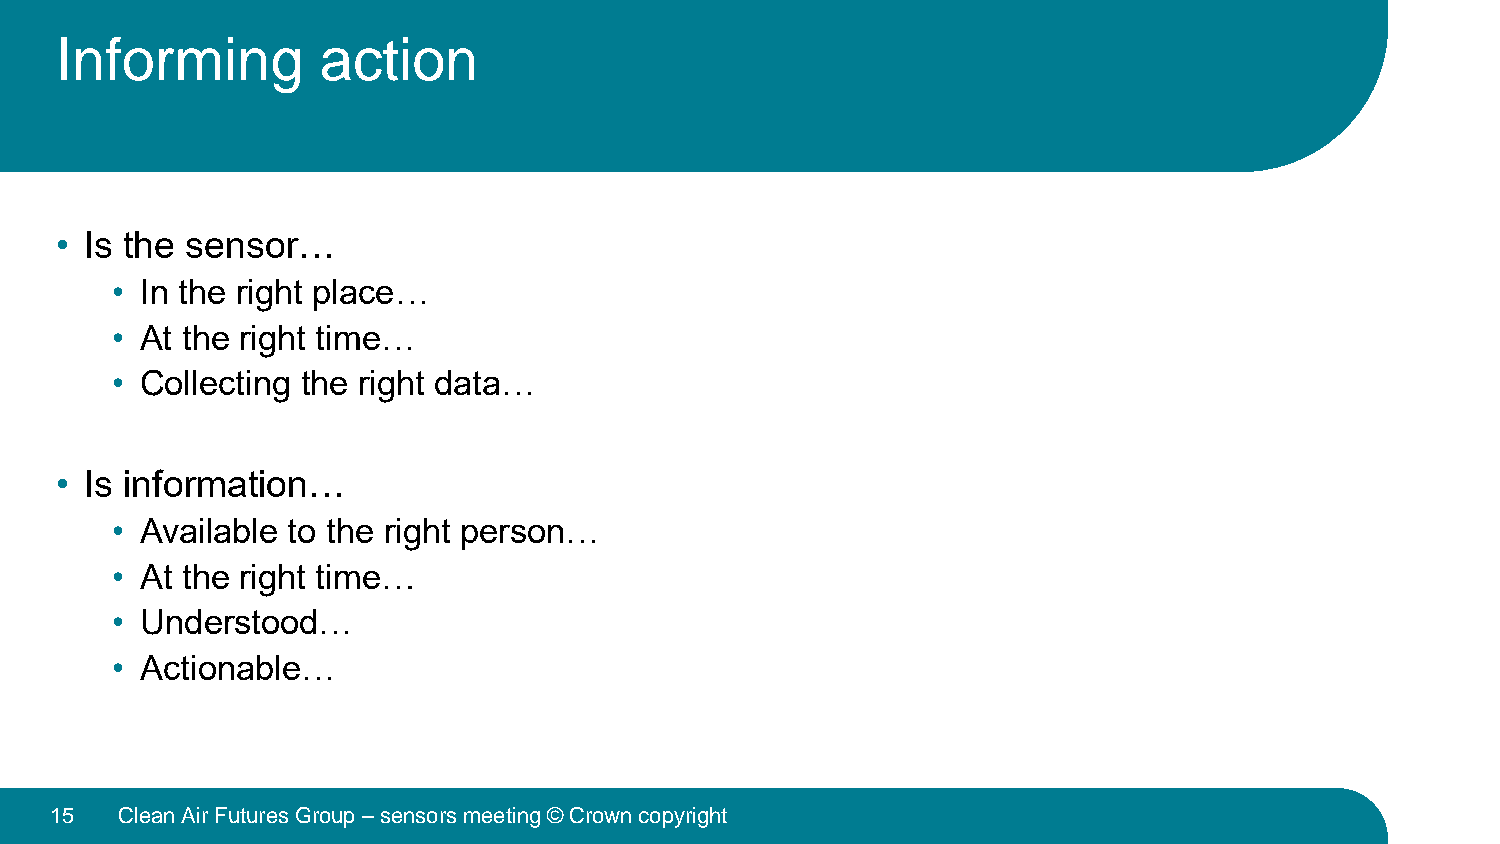
Informing        action
 • Is the sensor…
 • In the right place…
 • At the right time…
 • Collecting the right data…
 • Is information…
 • Available to the right person…
 • At the right time…
 • Understood…
 • Actionable…
 15   Clean Air Futures Group –sensors meeting © Crown copyright